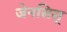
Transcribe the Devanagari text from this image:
जेनसिस्